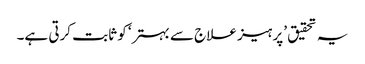
یہ تحقیق ’پرہیز علاج سے بہتر‘ کو ثابت کرتی ہے۔